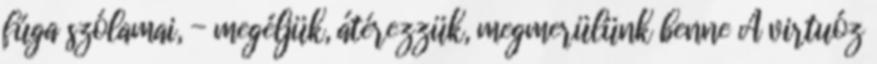
fúga szólamai, - megéljük, átérezzük, megmerülünk benne A virtuóz